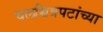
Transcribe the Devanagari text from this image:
चलच्चित्रपटांच्या